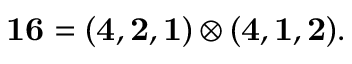
{ \bf 1 6 } = ( { \bf 4 } , { \bf 2 } , { \bf 1 } ) \otimes ( { \bf 4 } , { \bf 1 } , { \bf 2 } ) .